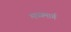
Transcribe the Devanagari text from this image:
मध्‍यमार्ग